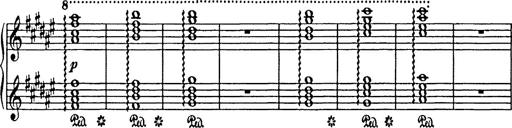
Title: In festo transfigurationis Domini nostri Jesu Christi
Composer: Franz Liszt